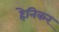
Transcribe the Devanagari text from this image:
हेनिकर